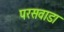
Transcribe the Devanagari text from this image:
परसवाडा